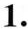
1.